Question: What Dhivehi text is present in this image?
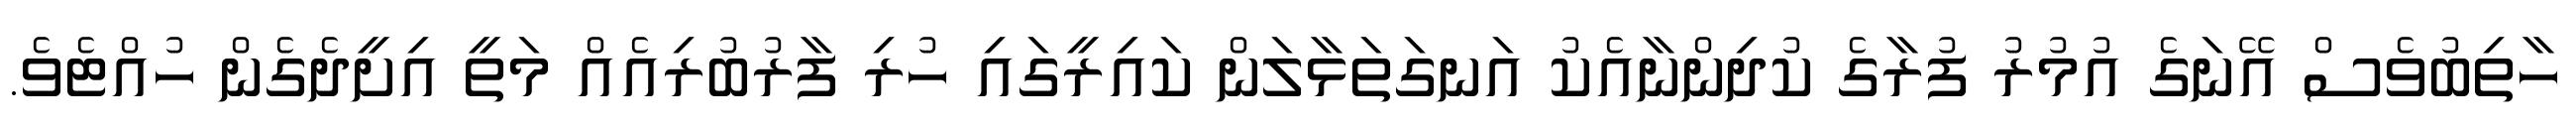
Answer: ހާތިބުވެސް އޭނަގެ އުމުރު ފުރާގެ ކުދިންނާއެކު އަނގަތަޅާލަން ކައިރީގައި ހުރި ފާރުބުރިއެއް މަތީ އިށީދެގެން ހުއްޓެވެ.